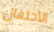
الأحتفال